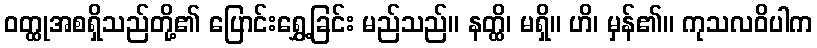
ဝတ္ထုအစရှိသည်တို့၏ ပြောင်းရွှေ့ခြင်း မည်သည်။ နတ္ထိ၊ မရှိ။ ဟိ၊ မှန်၏။ ကုသလဝိပါက